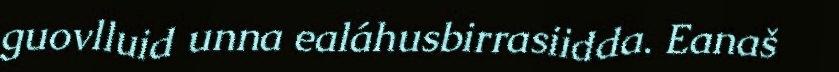
guovlluid unna ealáhusbirrasiidda. Eanaš